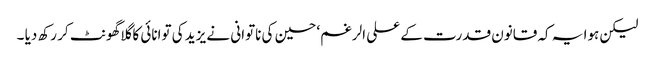
لیکن ہوا یہ کہ قانون قدرت کے علی الرغم‘ حسین کی ناتوانی نے یزید کی توانائی کا گلاگھونٹ کر رکھ دیا ۔